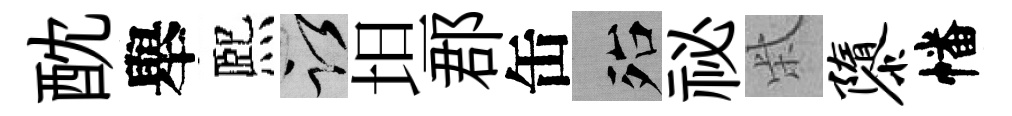
酖舉熈謹坦郡缶殆祕柴隳幡